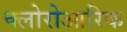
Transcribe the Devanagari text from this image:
क्लोरोआरिक